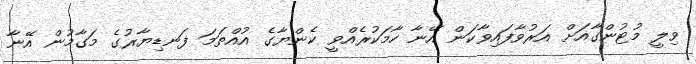
ވިލީ މުޓުންގާއަށް އަރުވާފައިވާކަން އޭނާ ހާމަކުރެއްވީ ކެންޔާގެ އުއްތަމަ ފަނޑިޔާރުގެ މަގާމުން އޭނާ